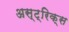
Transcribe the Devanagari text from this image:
अस्ट्रिक्स